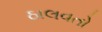
ઠાલવતો